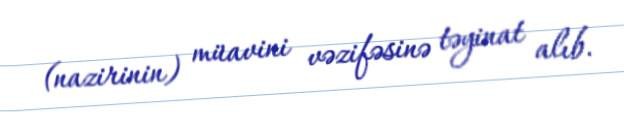
(nazirinin) müavini vəzifəsinə təyinat alıb.